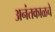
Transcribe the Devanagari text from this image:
अनंतकाळचे